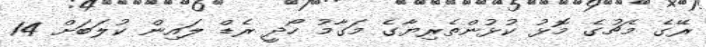
ރޭގެ މެޗުގެ މޮޅު ކުޅުންތެރިޔާގެ މަގާމު ހޯދީ ރެޑް ލައިން ކުލަބަށް 14